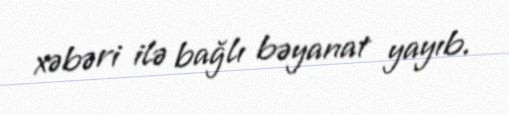
xəbəri ilə bağlı bəyanat yayıb.